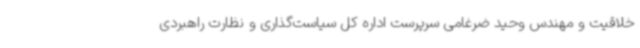
خلاقیت و مهندس وحید ضرغامی سرپرست اداره کل سیاست‌گذاری و نظارت راهبردی